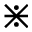
\divideontimes